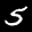
Label: 5